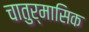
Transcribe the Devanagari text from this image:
चातुर्मासिक